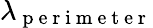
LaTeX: \lambda_{\mathrm{~p~e~r~i~m~e~t~e~r~}}